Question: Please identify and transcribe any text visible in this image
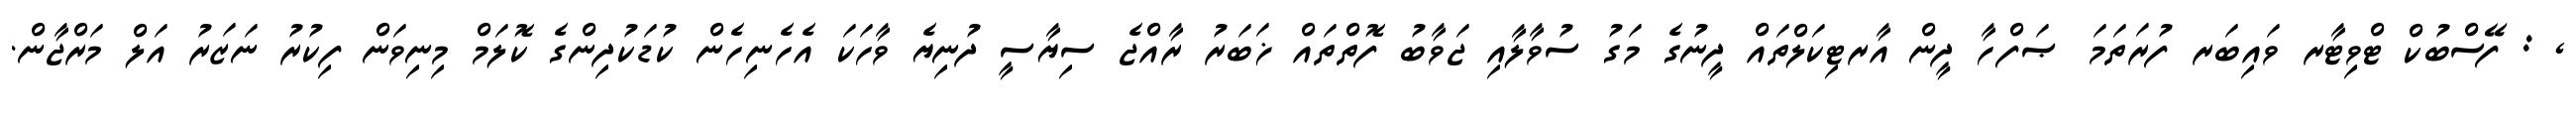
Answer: , : ފޭސްބުކް ޓްވިޓާރ ވައިބަރ ފުރަތަމަ ޞަފްހާ ދީން އާރޓިކަލްތައް ދީނުގެ މަގު ސުވާލާއި ޖަވާބު ފޮތްތައް ޚަބަރު ރާއްޖެ ސިޔާސީ ދުނިޔެ ވާހަކަ އެހެނިހެން ކުޑަކުދިންގެ ކޮލަމް މިނިވަން ފިކުރު ނަޒަރު އަލް މަރްޖާން.